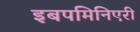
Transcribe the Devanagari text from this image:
इबपमिनिएरी